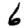
Digit: 6